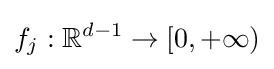
f_{j}:\mathbb {R} ^{d-1}\to [0,+\infty )